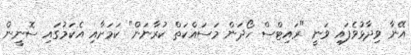
އޭނާ ވިދާޅުވެފައި ވަނީ "ރައިޓްސް ހޯދަން މަސައްކަތް ކުރާނަން" ކަމަށާއި އެކަމުގައި ސޮނީން